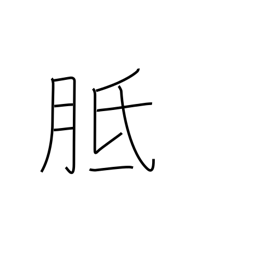
Meaning: callus